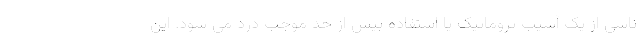
ناشی از یک آسیب تروماتیک یا استفاده بیش از حد موجب درد می شود. این